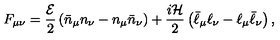
F _ { \mu \nu } = \frac { { \cal E } } { 2 } \left( \bar { n } _ { \mu } n _ { \nu } - n _ { \mu } \bar { n } _ { \nu } \right) + \frac { i { \cal H } } { 2 } \left( \bar { \ell } _ { \mu } \ell _ { \nu } - \ell _ { \mu } \bar { \ell } _ { \nu } \right) ,